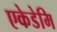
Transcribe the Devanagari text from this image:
एकेडेमि